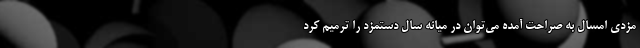
مزدی امسال به صراحت آمده می‌توان در میانه سال دستمزد را ترمیم کرد